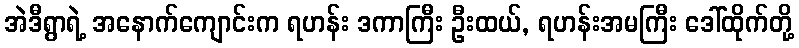
အဲဒီရွာရဲ့ အနောက်ကျောင်းက ရဟန်း ဒကာကြီး ဦးထယ်, ရဟန်းအမကြီး ဒေါ်ထိုက်တို့